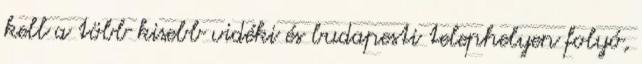
kell a több kisebb vidéki és budapesti telephelyen folyó,